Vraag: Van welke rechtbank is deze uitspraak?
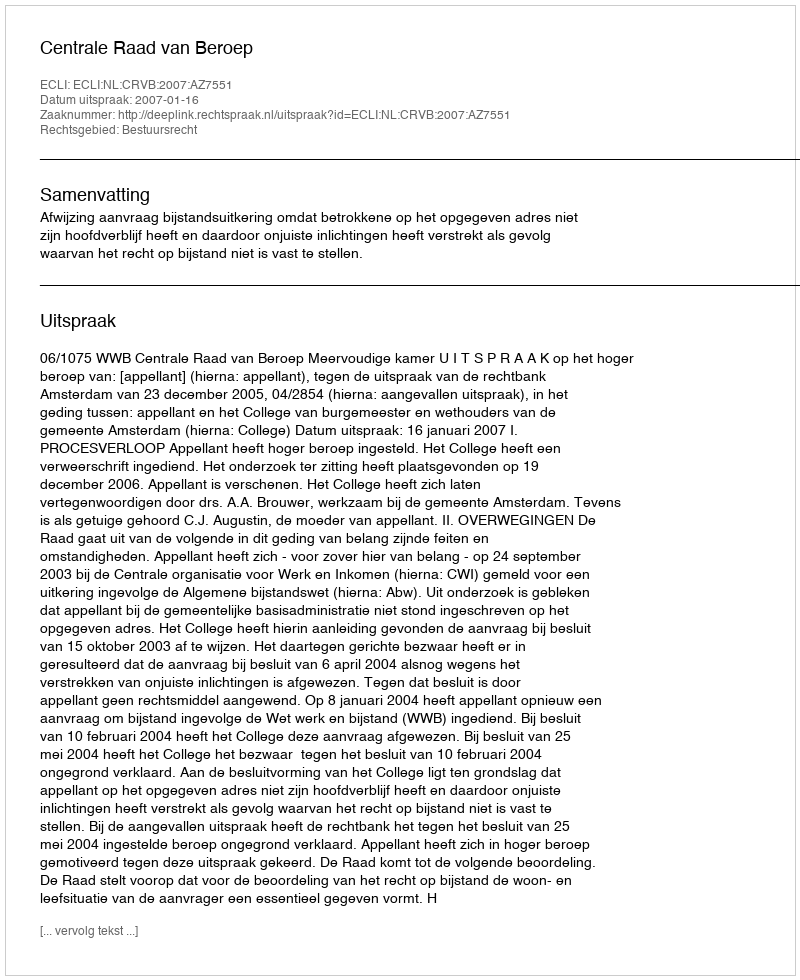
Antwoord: Centrale Raad van Beroep